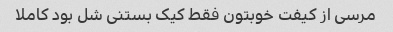
مرسی از کیفت خوبتون فقط کیک بستنی شل بود کاملا